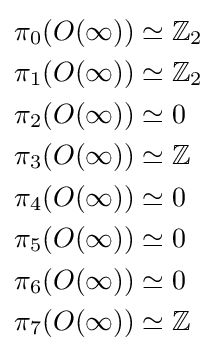
{\begin{aligned}\pi _{0}(O(\infty ))&\simeq \mathbb {Z} _{2}\\\pi _{1}(O(\infty ))&\simeq \mathbb {Z} _{2}\\\pi _{2}(O(\infty ))&\simeq 0\\\pi _{3}(O(\infty ))&\simeq \mathbb {Z} \\\pi _{4}(O(\infty ))&\simeq 0\\\pi _{5}(O(\infty ))&\simeq 0\\\pi _{6}(O(\infty ))&\simeq 0\\\pi _{7}(O(\infty ))&\simeq \mathbb {Z} \end{aligned}}